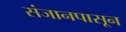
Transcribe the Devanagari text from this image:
संजानपासून